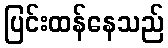
ပြင်းထန်နေသည်